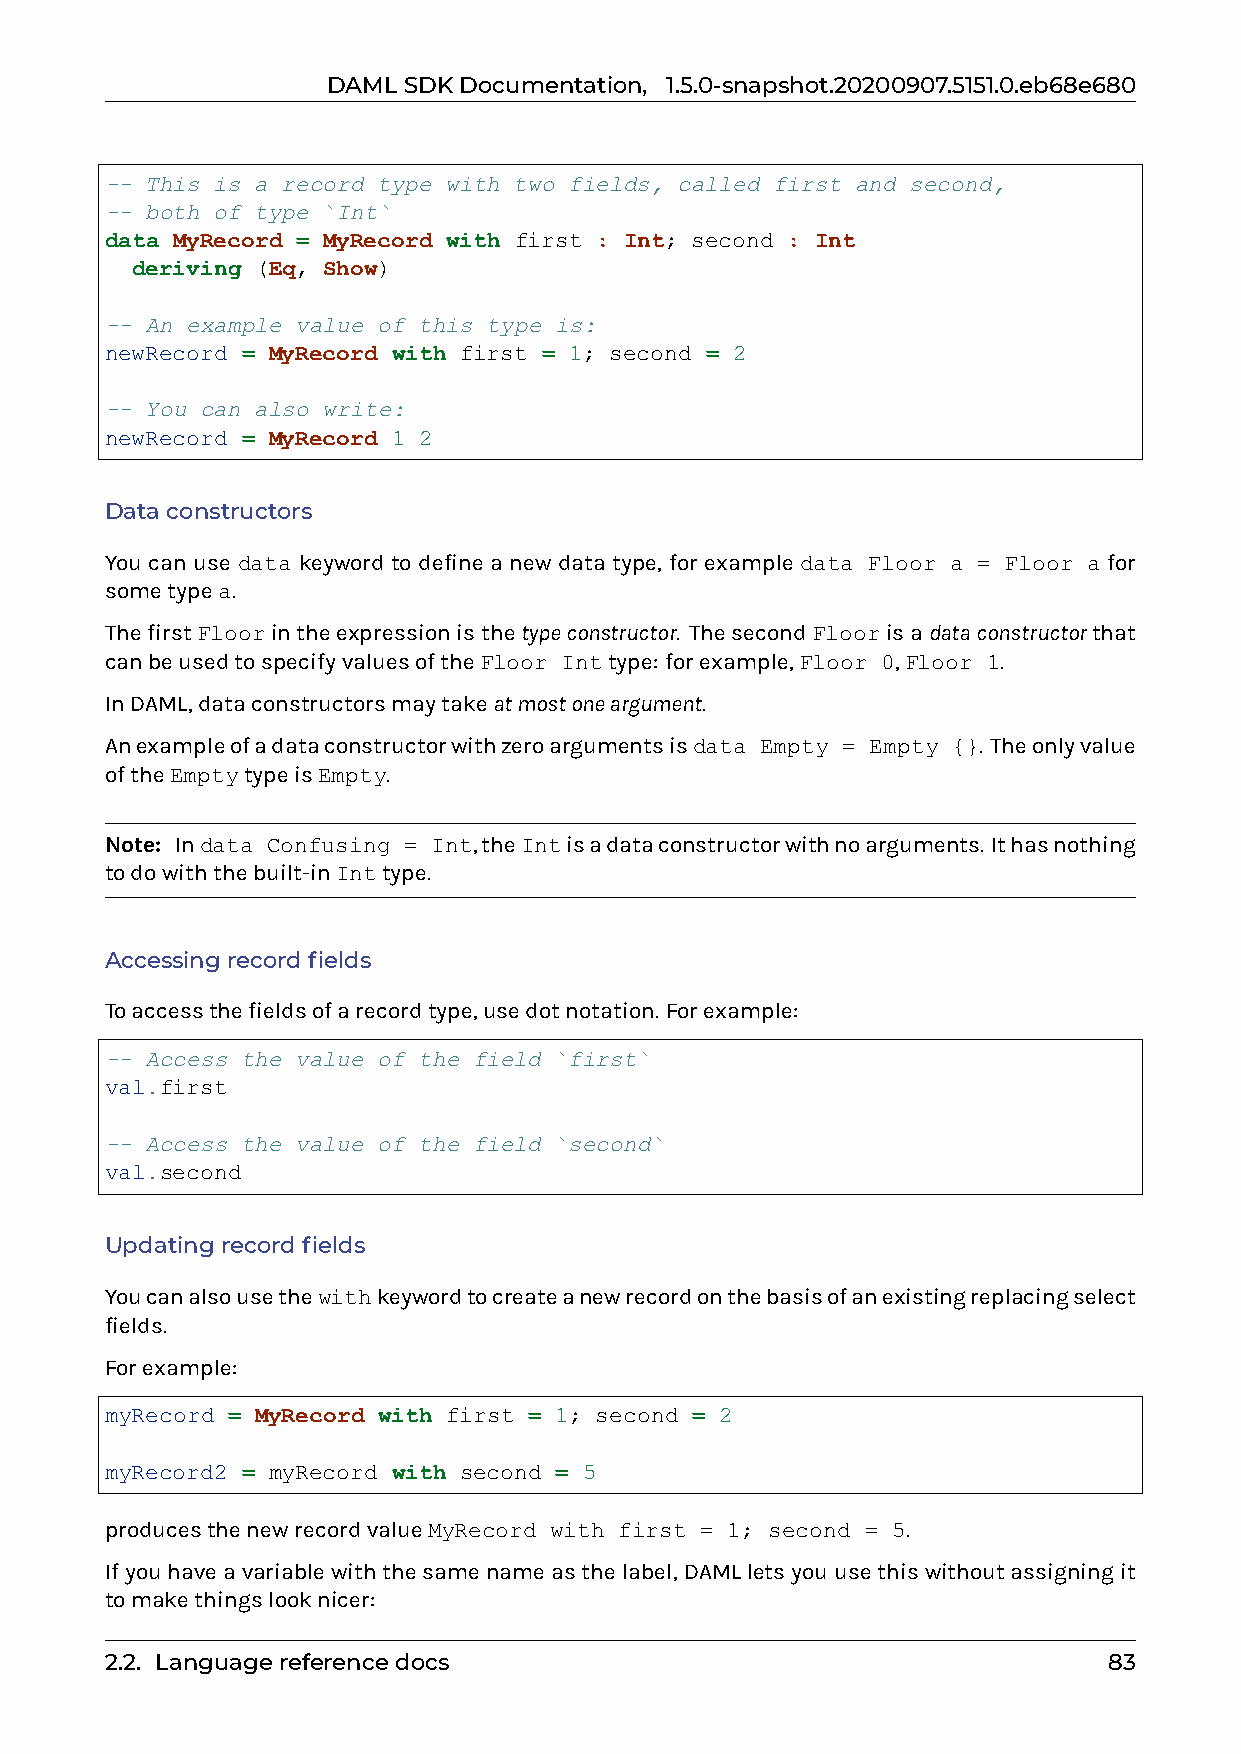
DAMLSDKDocumentation, 1.5.0-snapshot.20200907.5151.0.eb68e680
 -- This is a record type with two fields, called first and second,
 -- both of type `Int`
 data MyRecord = MyRecord with first : Int; second : Int
 deriving (Eq, Show)
 -- An example value of this type is:
 newRecord = MyRecord with first = 1; second = 2
 -- You can also write:
 newRecord = MyRecord 1 2
 Dataconstructors
 You can use data keyword to define a new data type, for example data Floor a = Floor a for
 sometypea.
 ThefirstFloorintheexpressionisthetypeconstructor. ThesecondFloorisadataconstructorthat
 canbeusedtospecifyvaluesoftheFloor Inttype: forexample,Floor 0,Floor 1.
 InDAML,dataconstructorsmaytakeatmostoneargument.
 Anexampleofadataconstructorwithzeroargumentsisdata Empty = Empty {}. Theonlyvalue
 oftheEmptytypeisEmpty.
 Note: Indata Confusing = Int,theIntisadataconstructorwithnoarguments. Ithasnothing
 todowiththebuilt-inInttype.
 Accessingrecordfields
 Toaccessthefieldsofarecordtype,usedotnotation. Forexample:
 -- Access the value of the field `first`
 val.first
 -- Access the value of the field `second`
 val.second
 Updatingrecordfields
 Youcanalsousethewithkeywordtocreateanewrecordonthebasisofanexistingreplacingselect
 fields.
 Forexample:
 myRecord = MyRecord with first = 1; second = 2
 myRecord2 = myRecord with second = 5
 producesthenewrecordvalueMyRecord with first = 1; second = 5.
 Ifyouhaveavariablewiththesamenameasthelabel,DAMLletsyouusethiswithoutassigningit
 tomakethingslooknicer:
 2.2. Languagereferencedocs                                        83